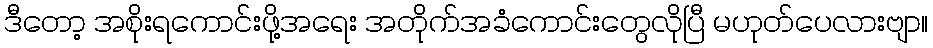
ဒီတော့ အစိုးရကောင်းဖို့အရေး အတိုက်အခံကောင်းတွေလိုပြီ မဟုတ်ပေလားဗျာ။